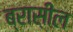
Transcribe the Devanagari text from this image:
ब्रास़ील